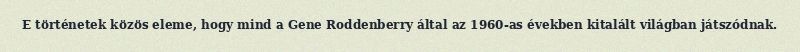
E történetek közös eleme, hogy mind a Gene Roddenberry által az 1960-as években kitalált világban játszódnak.